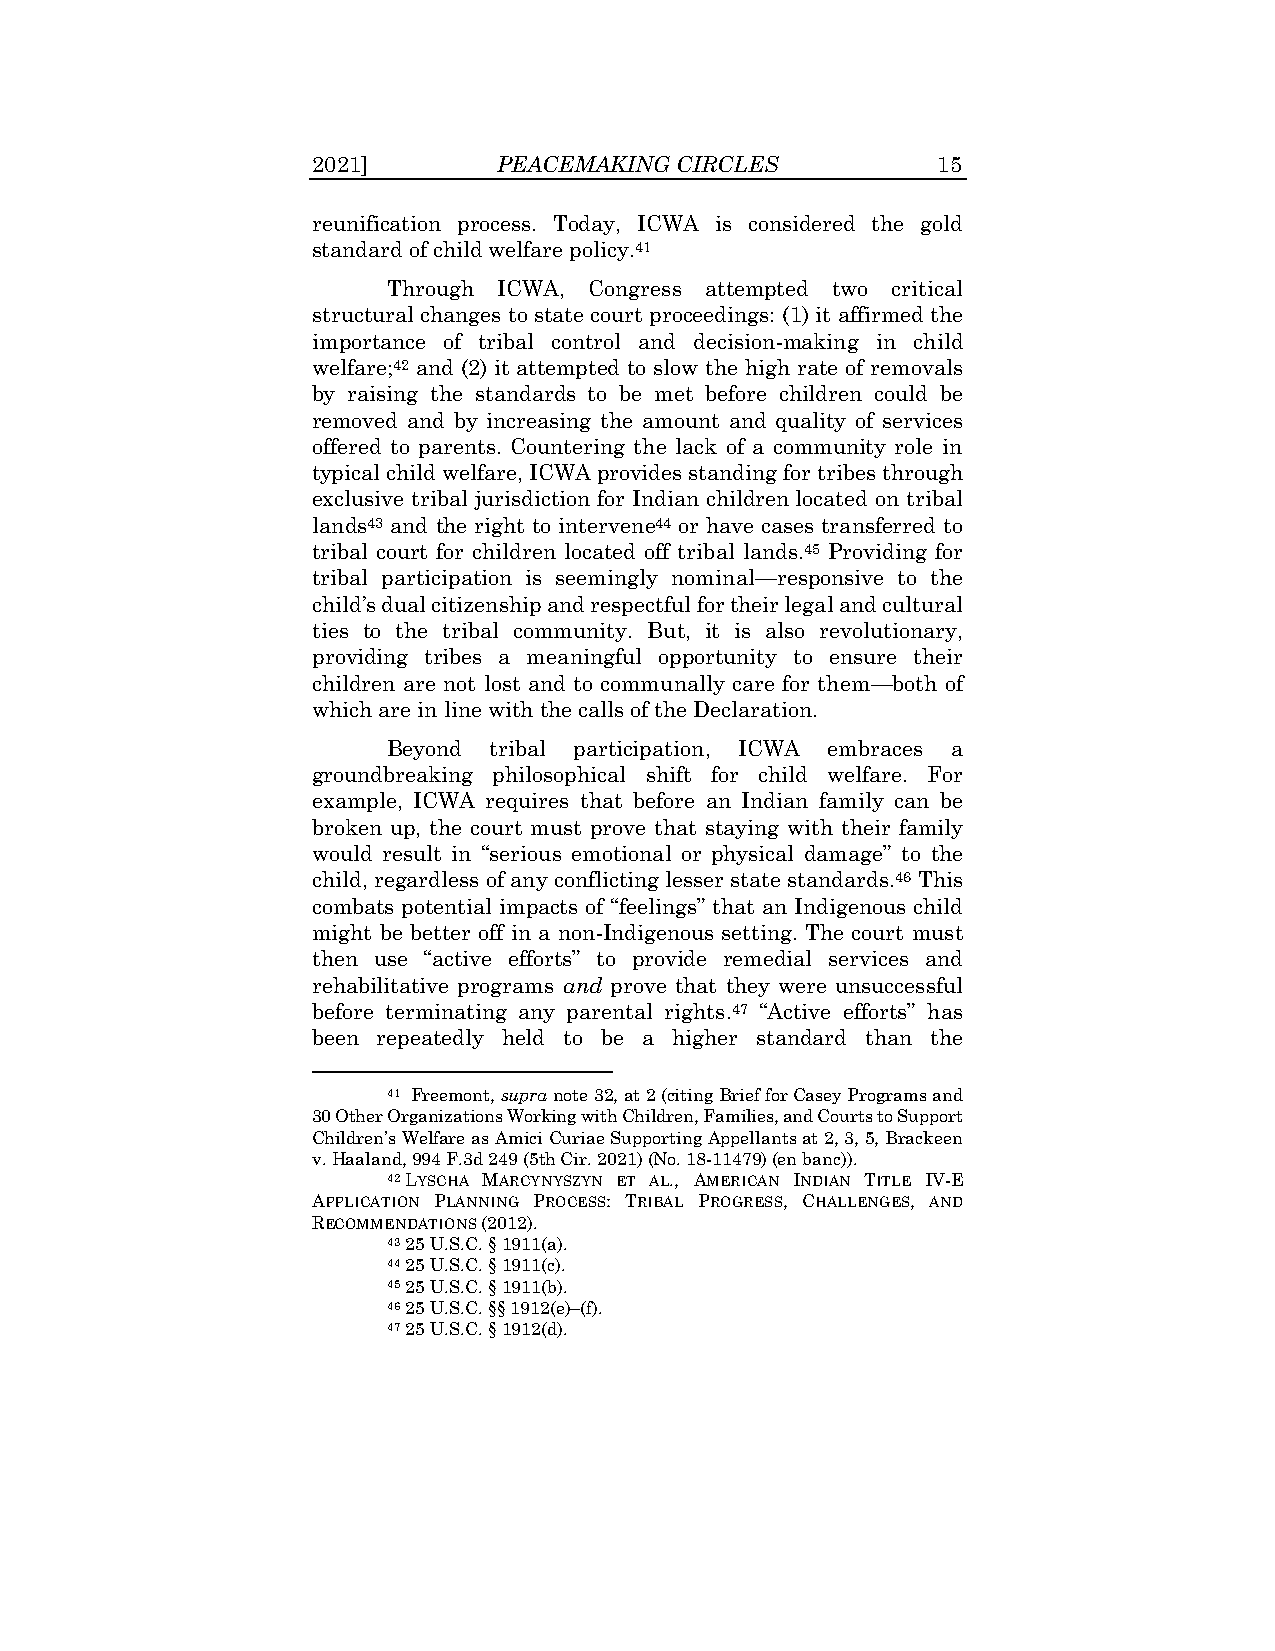
2021]       PEACEMAKING CIRCLES          15
 reunification process. Today, ICWA is considered the gold
 standard of child welfare policy.41
 Through ICWA, Congress attempted two critical
 structural changes to state court proceedings: (1) it affirmed the
 importance of tribal control and decision-making in child
 welfare;42 and (2) it attempted to slow the high rate of removals
 by raising the standards to be met before children could be
 removed and by increasing the amount and quality of services
 offered to parents. Countering the lack of a community role in
 typical child welfare, ICWA provides standing for tribes through
 exclusive tribal jurisdiction for Indian children located on tribal
 lands43 and the right to intervene44 or have cases transferred to
 tribal court for children located off tribal lands.45 Providing for
 tribal participation is seemingly nominal—responsive to the
 child’s dual citizenship and respectful for their legal and cultural
 ties to the tribal community. But, it is also revolutionary,
 providing tribes a meaningful opportunity to ensure their
 children are not lost and to communally care for them—both of
 which are in line with the calls of the Declaration.
 Beyond tribal participation, ICWA embraces a
 groundbreaking philosophical shift for child welfare. For
 example, ICWA requires that before an Indian family can be
 broken up, the court must prove that staying with their family
 would result in “serious emotional or physical damage” to the
 child, regardless of any conflicting lesser state standards.46 This
 combats potential impacts of “feelings” that an Indigenous child
 might be better off in a non-Indigenous setting. The court must
 then use “active efforts” to provide remedial services and
 rehabilitative programs and prove that they were unsuccessful
 before terminating any parental rights.47 “Active efforts” has
 been repeatedly held to be a higher standard than the
 41 Freemont, supra note 32, at 2 (citing Brief for Casey Programs and
 30 Other Organizations Working with Children, Families, and Courts to Support
 Children’s Welfare as Amici Curiae Supporting Appellants at 2, 3, 5, Brackeen
 v. Haaland, 994 F.3d 249 (5th Cir. 2021) (No. 18-11479) (en banc)).
 42 LYSCHA MARCYNYSZYN ET AL., AMERICAN INDIAN TITLE IV-E
 APPLICATION PLANNING PROCESS: TRIBAL PROGRESS, CHALLENGES, AND
 RECOMMENDATIONS (2012).
 43 25 U.S.C. § 1911(a).
 44 25 U.S.C. § 1911(c).
 45 25 U.S.C. § 1911(b).
 46 25 U.S.C. §§ 1912(e)–(f).
 47 25 U.S.C. § 1912(d).